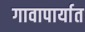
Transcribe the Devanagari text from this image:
गावापार्यात